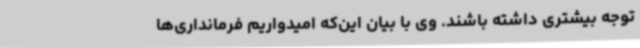
توجه بیشتری داشته باشند. وی با بیان این‌که امیدواریم فرمانداری‌ها